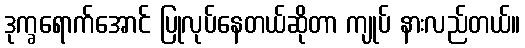
ဒုက္ခရောက်အောင် ပြုလုပ်နေတယ်ဆိုတာ ကျုပ် နားလည်တယ်။